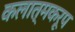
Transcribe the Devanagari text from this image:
कलात्मकरूप